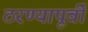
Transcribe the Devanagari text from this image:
ठरण्यापूर्वी